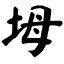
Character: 坶